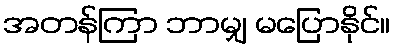
အတန်ကြာ ဘာမျှ မပြောနိုင်။